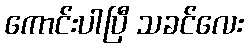
ကောင်းပါပြီ သခင်လေး